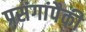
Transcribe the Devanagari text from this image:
प्रसंगांपैकी